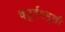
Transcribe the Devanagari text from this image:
चतुर्दशमुखी